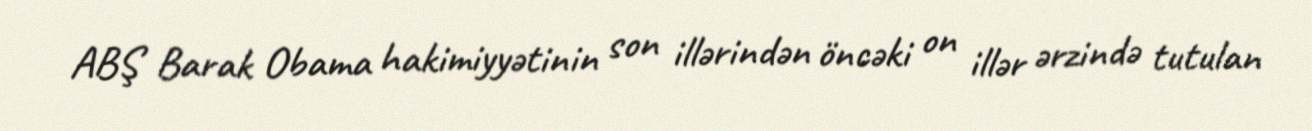
ABŞ Barak Obama hakimiyyətinin son illərindən öncəki on illər ərzində tutulan